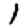
Digit: 1